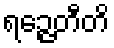
ရဉ္ဇေတီတိ